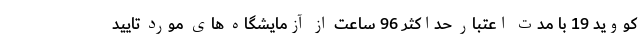
کووید 19 با مدت اعتبار حداکثر 96 ساعت از آزمایشگاه های مورد تایید